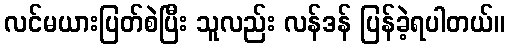
လင်မယားပြတ်စဲပြီး သူလည်း လန်ဒန် ပြန်ခဲ့ရပါတယ်။